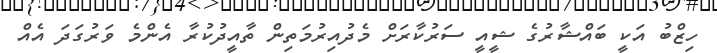
ހިޒްބު އަކީ ބައްޝާރުގެ ޝީއީ ސަރުކާރަށް މެދުއިރުމަތިން ތާއީދުކުރާ އެންމެ ވަރުގަދަ އެއް